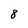
Character: 8